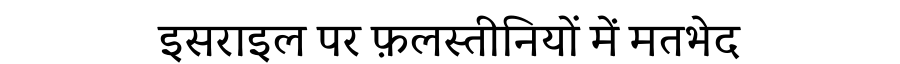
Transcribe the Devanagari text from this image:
इसराइल पर फ़लस्तीनियों में मतभेद